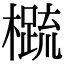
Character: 𬄼